Sanitation, dispensaries and jails vaccination Rajputana 1922-1927 - 1922-1927
Year: 1922
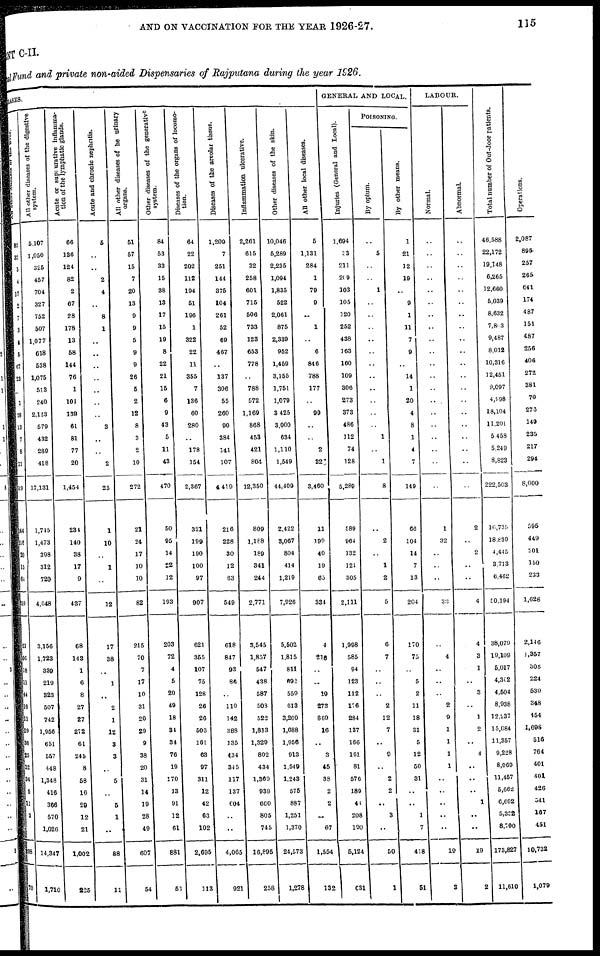
AND ON VACCINATION FOR THE YEAR 1926-27.
115
MENT C-II.
Local Fund and private non-aided Dispensaries of Rajputana during the year 1926.
DISEASES.
All other diseases of the liver.
82
32
5
4
17
2
7
3
4
5
67
23
..
1
28
13
7
8
11
319
144
116
20
15
64
859
51
106
10
11
44
10
11
29
36
25
12
34
5
11
3
..
98
70
All other diseases of the digestive
system.
5,107
1,050
325
457
704
327
752
507
1,077
618
538
1,075
513
240
2,123
579
432
289
418
17,131
1,715
1,473
398
312
720
4,648
3,156
1,723
339
219
323
507
742
1,956
651
557
448
1,348
416
366
570
1,026
14,347
1,710
Acute or supi urative Inflamma-
tion of the lymphatic glands.
66
136
124
82
2
67
28
178
13
58
144
76
1
101
139
61
81
77
20
1,454
230
140
38
17
9
437
68
143
1
6
8
27
27
272
61
245
8
58
16
29
12
21
1,002
225
Acute and chronic nephritis.
5
..
..
2
4
..
8
1
..
..
..
..
..
..
..
3
..
..
2
25
1
10
..
1
..
12
17
38
..
1
..
2
1
12
3
3
..
5
..
5
1
..
88
11
All other diseases of he urinary
organs.
51
57
15
7
20
13
9
9
5
9
9
26
5
2
12
8
3
2
10
272
21
24
17
10
10
82
215
70
7
17
10
31
20
29
9
38
20
31
14
19
28
49
607
54
Other diseases of the generative
system.
84
53
33
15
38
13
17
15
19
8
22
21
15
6
9
43
5
11
43
470
50
95
14
22
12
193
203
72
4
5
20
49
18
34
34
76
19
170
13
91
12
61
881
53
Diseases of the organs of locomo-
tion.
64
22
202
112
194
51
196
1
322
22
11
355
7
136
60
280
..
178
154
2,367
321
199
190
100
97
907
621
355
107
75
128
26
26
506
161
63
97
311
12
42
63
102
2,695
113
Diseases of the areolar tissue.
1,209
7
251
144
375
104
261
52
69
467
..
137
306
55
260
90
384
141
107
4,419
216
228
30
12
63
549
618
847
93
86
..
119
142
388
135
434
345
117
137
604
..
..
4,065
921
Inflammation ulcerative.
2,261
615
32
258
601
715
506
733
123
653
778
..
788
572
1,169
868
453
421
804
12,350
809
1,188
189
341
244
2,771
3,545
1,857
547
438
587
503
522
1,813
1,329
802
434
1,369
939
660
805
745
16,895
258
Other diseases of the skin.
10,046
5,289
2,235
1,094
1,835
522
2,061
875
2,339
952
1,459
3,155
1,751
1,079
3,425
3,000
634
1,110
1,549
44,409
2,422
3,067
804
414
1,219
7,926
5,502
1,815
811
692
559
613
3,209
1,688
1,956
913
1,549
1,243
575
887
1,251
1,370
24,573
1,278
All other local diseases.
5
1,131
284
1
79
9
..
1
..
6
846
788
177
..
99
..
..
2
327
3,460
11
199
40
19
65
334
4
216
..
..
19
273
869
16
..
3
45
38
2
2
..
67
1,554
132
GENERAL AND LOCAL.
Injuries (General and Local).
1,694
33
211
209
103
105
120
252
438
163
160
109
306
273
373
486
112
74
128
5,289
589
964
132
121
305
2,111
1,998
585
94
123
112
176
284
137
166
161
81
576
189
40
208
190
5,124
631
POISONING.
By opium.
..
5
..
..
1
..
..
..
..
..
..
..
..
..
..
..
1
..
1
8
..
2
..
1
2
5
6
7
..
..
..
2
12
7
..
9
..
2
2
..
3
..
50
1
By other means.
1
21
12
19
..
9
1
11
7
9
..
14
1
20
4
8
1
4
7
149
66
104
14
7
13
204
170
75
..
5
2
11
18
31
5
12
50
31
..
..
1
7
418
51
LABOUR.
Normal.
..
..
..
..
..
..
..
..
..
..
..
..
..
..
..
..
..
..
..
..
1
32
..
..
..
33
..
4
..
..
..
2
9
1
1
1
1
..
1
..
..
..
19
3
Abnormal.
..
..
..
..
..
..
..
..
..
..
..
..
..
..
..
..
..
..
..
..
2
..
2
..
..
4
4
3
1
..
3
..
1
2
..
4
..
..
..
1
..
..
19
2
Total number of Out-door patients.
46,588
22,172
19,148
6,265
12,660
5,039
8,632
7,803
9,487
8,012
10,316
12,451
9,097
4,998
18,104
11,201
5,458
5,249
8,823
222,503
16,736
18,839
4,445
3,713
6,462
50,194
38,079
19,109
5,017
4,302
4,504
8,938
12,237
15,084
11,357
9,228
8,069
11,457
5,662
6,692
5,302
8,700
173,827
11,610
Operations.
2,087
895
257
265
641
174
487
151
487
256
406
272
381
70
273
149
235
217
294
8,000
595
449
201
150
233
1,628
2,146
1,357
308
224
530
348
454
1,096
616
764
401
401
426
341
167
451
10,732
1,079